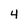
Character: 4